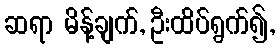
ဆရာ မိန့်ချက်, ဦးထိပ်ရွက်၍,